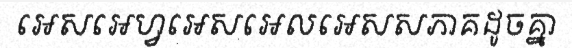
អេសអេហ្វអេសអេលអេសសភាគដូចគ្នា